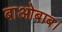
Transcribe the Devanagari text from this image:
बाओबाब।